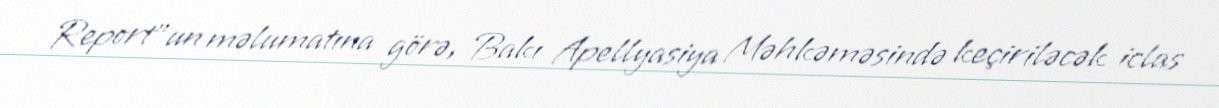
Report"un məlumatına görə, Bakı Apellyasiya Məhkəməsində keçiriləcək iclas